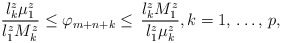
\begin{align*}\frac{l_{k}^{z}\mu_{1}^{z}}{l_{1}^{z}M_{k}^{z}}\le \varphi_{m+n+k}\le \mathrm{\thinspace }\frac{l_{k}^{z}M_{1}^{z}}{l_{1}^{z}\mu_{k}^{z}}, k=1,\thinspace \mathellipsis ,\thinspace p, \end{align*}